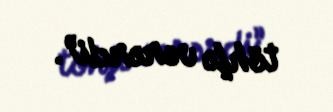
töhfə verərdi”.